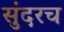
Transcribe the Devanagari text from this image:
सुंदरच